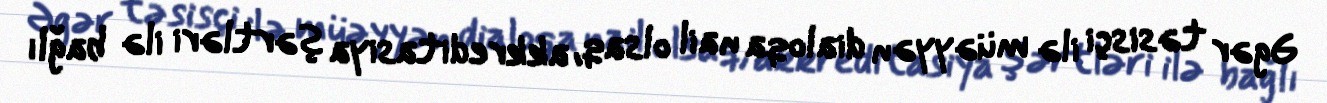
Əgər təsisçi ilə müəyyən dialoqa nail olsaq, akkreditasiya şərtləri ilə bağlı